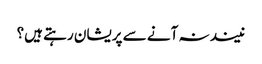
نیند نہ آنے سے پریشان رہتے ہیں؟